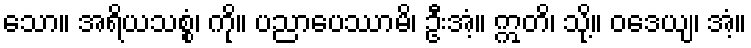
သော။ အရိယသစ္စံ၊ ကို။ ပညာပေဿာမိ၊ ဦးအံ့။ ဣတိ၊ သို့။ ဝဒေယျ၊ အံ့။